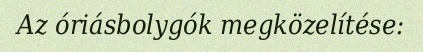
Az óriásbolygók megközelítése: